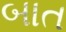
બાત